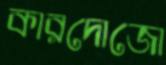
কারদোজো